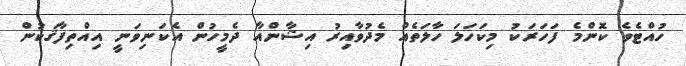
ހުއްޓެވެ ކޮންމެ ފަހަރަކު މިކަހަލަ ހާލަތެއް މެދުވާއިރު އިޝާންއާ ދެމީހުން އެކަނިވަނީ އިއްތިފާޤަކުން